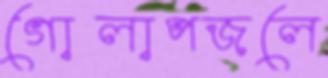
গোলাপজলে